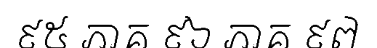
៩៥ ភាគ ៩៦ ភាគ ៩៧